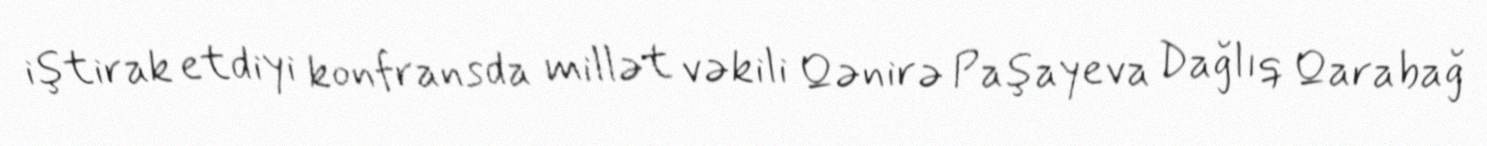
iştirak etdiyi konfransda millət vəkili Qənirə Paşayeva Dağlıq Qarabağ